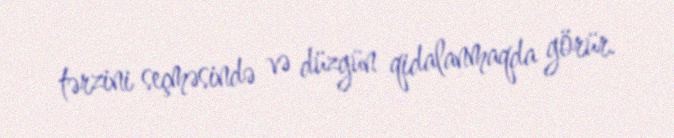
tərzini seçməsində və düzgün qidalanmaqda görür.